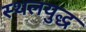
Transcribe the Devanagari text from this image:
स्थलयुद्ध